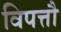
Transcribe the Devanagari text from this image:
विपत्तौ